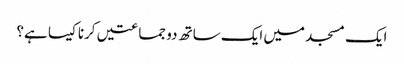
ایک مسجد میں ایک ساتھ دو جماعتیں کرنا کیسا ہے؟